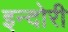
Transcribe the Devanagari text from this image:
इन्दोरी